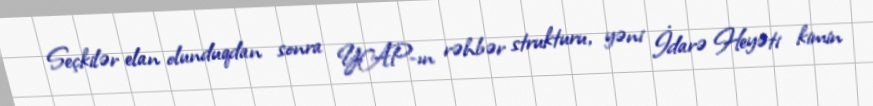
Seçkilər elan olunduqdan sonra YAP-ın rəhbər strukturu, yəni İdarə Heyəti kimin